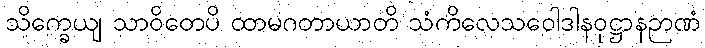
သိက္ခေယျ သာဝိတေပိ ထာမဂတာယာတိ သံကိလေသဝေါဒါနဝုဋ္ဌာနဉာဏံ